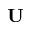
\textbf { U }